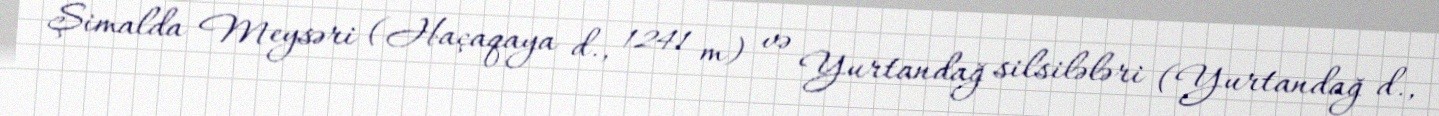
Şimalda Meysəri (Haçaqaya d., 1241 m) və Yurtandağ silsilələri (Yurtandağ d.,